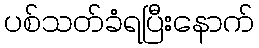
ပစ်သတ်ခံရပြီးနောက်